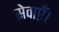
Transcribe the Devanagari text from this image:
सेवाएँ।